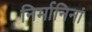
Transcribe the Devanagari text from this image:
निर्मानिनां